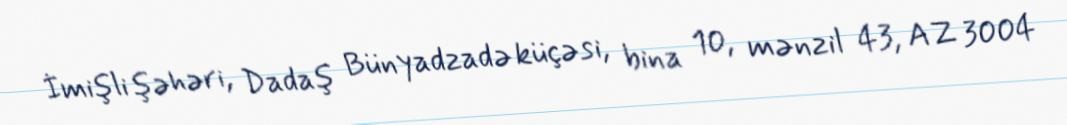
İmişli şəhəri, Dadaş Bünyadzadə küçəsi, bina 10, mənzil 43, AZ 3004